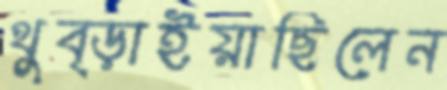
থুব্‌ড়াইয়াছিলেন